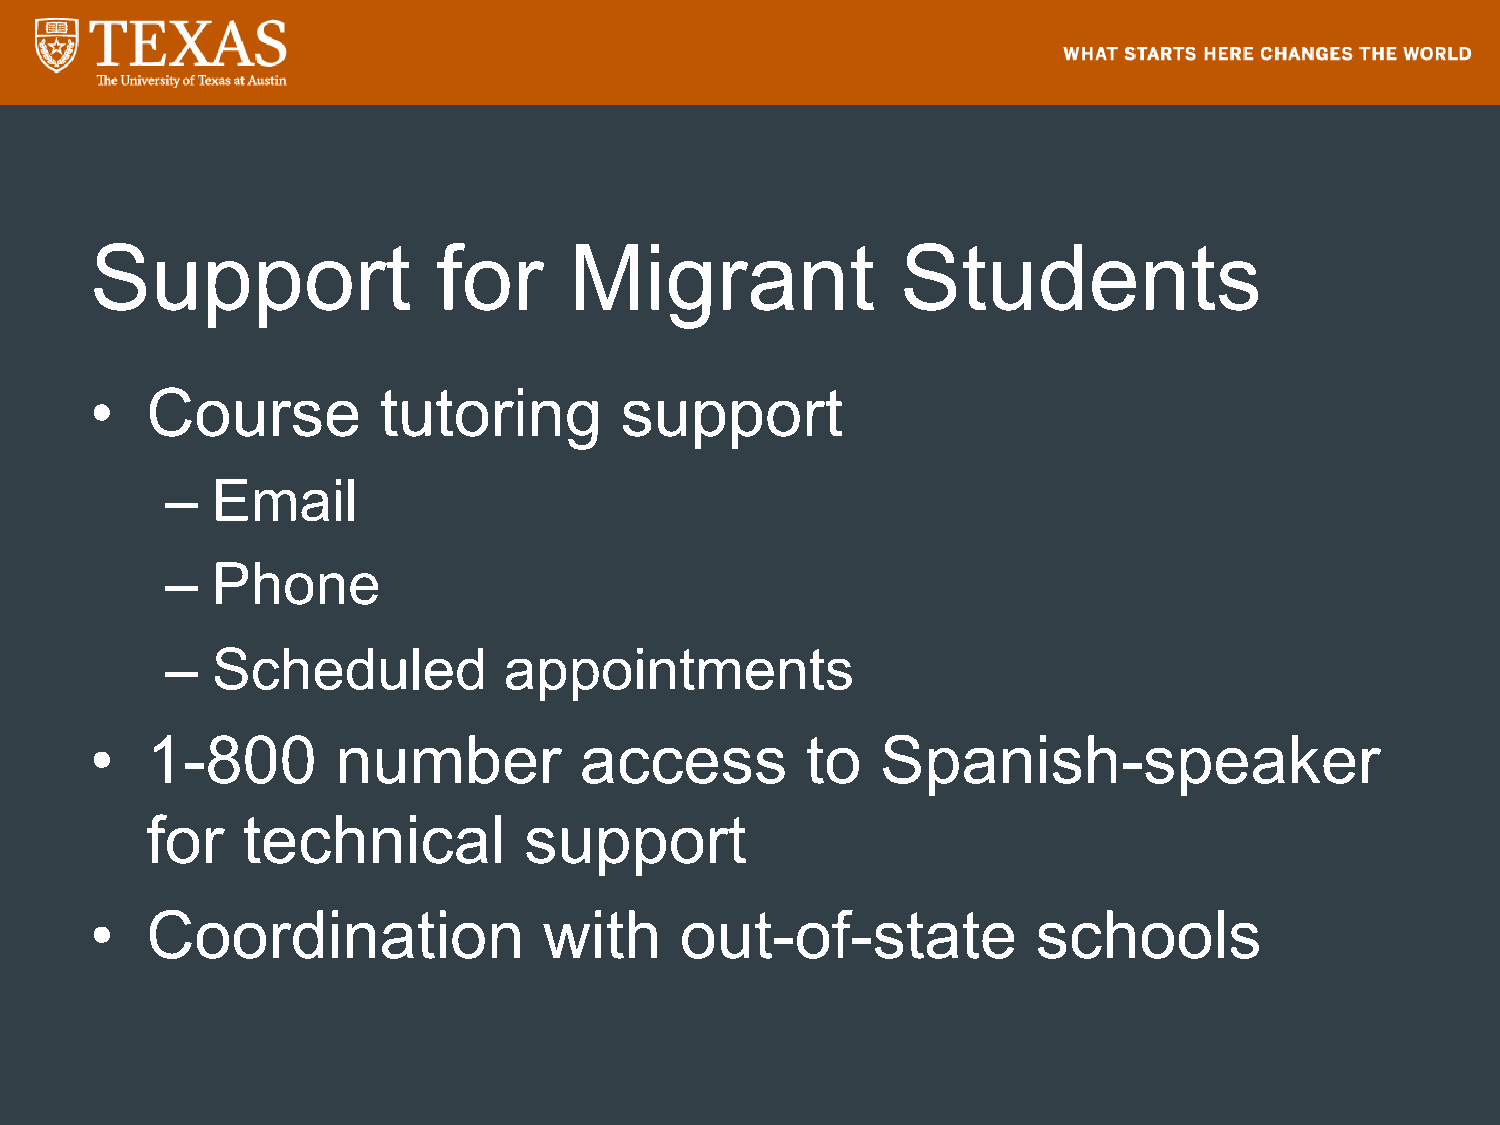
Support                for      Migrant               Students
 •   Course         tutoring        support
 –  Email
 –  Phone
 –  Scheduled          appointments
 •   1-800       number          access         to   Spanish-speaker
 for   technical          support
 •   Coordination              with     out-of-state            schools